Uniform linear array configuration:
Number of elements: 12
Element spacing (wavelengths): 1
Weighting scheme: cosine
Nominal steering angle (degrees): -60
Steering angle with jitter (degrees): -59.026
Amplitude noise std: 0.05
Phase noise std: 0.05

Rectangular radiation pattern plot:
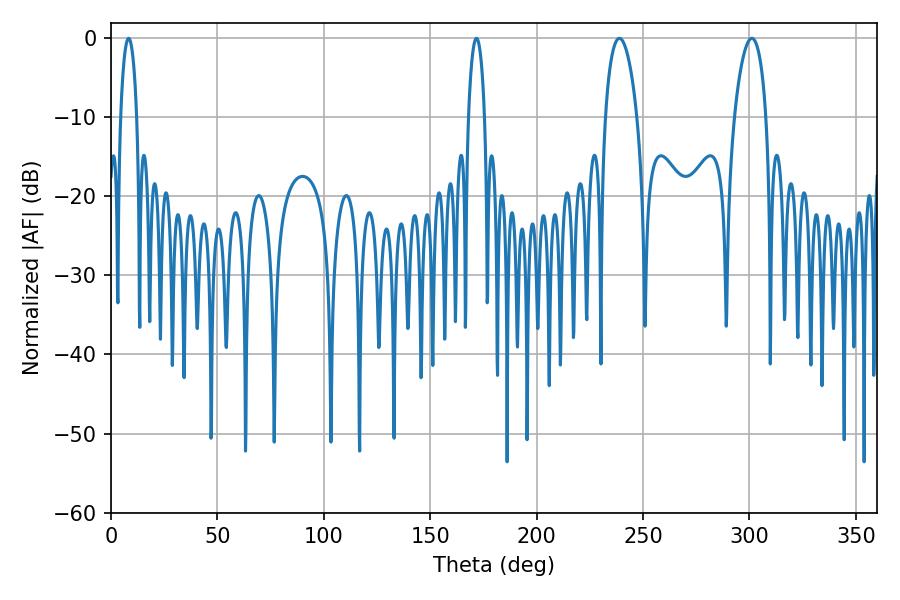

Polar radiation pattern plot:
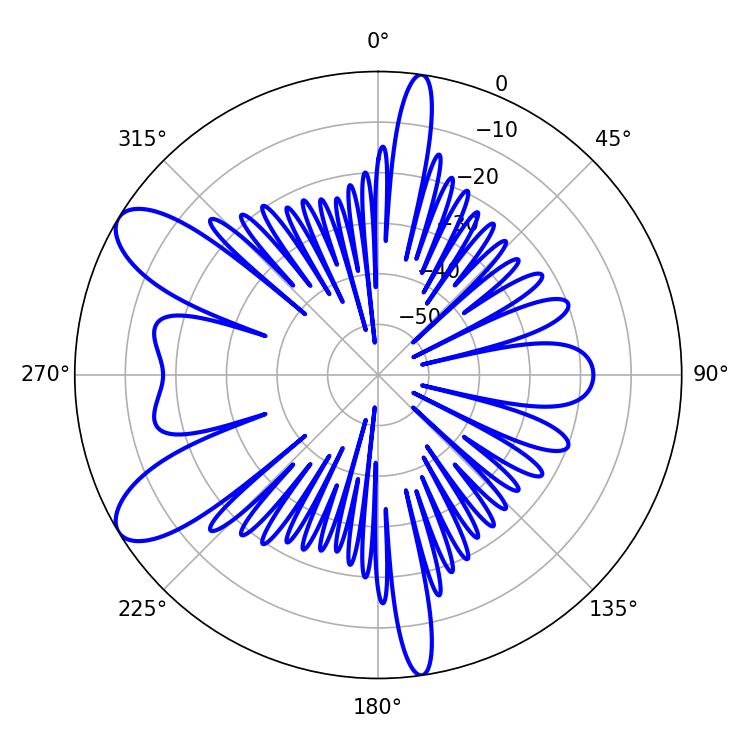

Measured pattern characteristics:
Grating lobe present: TRUE
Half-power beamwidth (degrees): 4.32
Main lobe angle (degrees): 8.28